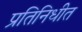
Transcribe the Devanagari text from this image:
प्रतिनिधीत